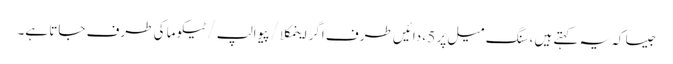
جیسا کہ یہ کہتے ہیں ، سنگ میل پر 5 ، دائیں طرف اگر اینمکلا / پیوالپ / ٹیکوما کی طرف جاتا ہے۔